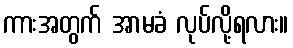
ကားအတွက် အာမခံ လုပ်လို့ရလား။